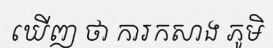
ឃើញ ថា ការកសាង ភូមិ